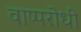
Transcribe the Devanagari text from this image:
वाष्परोधी